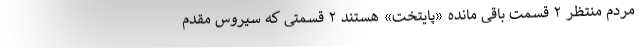
مردم منتظر ۲ قسمت باقی مانده «پایتخت» هستند ۲ قسمتی که سیروس مقدم